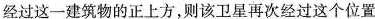
经过这一建筑物的正上方，则该卫星再次经过这个位置